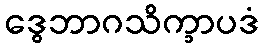
ဒွေဘာဂသိက္ခာပဒံ